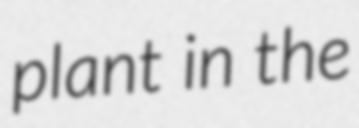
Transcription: plant in the